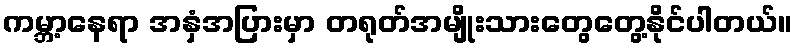
ကမ္ဘာ့နေရာ အနှံအပြားမှာ တရုတ်အမျိုးသားတွေတွေ့နိုင်ပါတယ်။